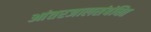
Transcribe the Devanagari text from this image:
आंतरजालसंबंधित